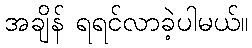
အချိန် ရရင်လာခဲ့ပါမယ်။